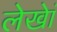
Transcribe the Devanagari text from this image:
लेखेां